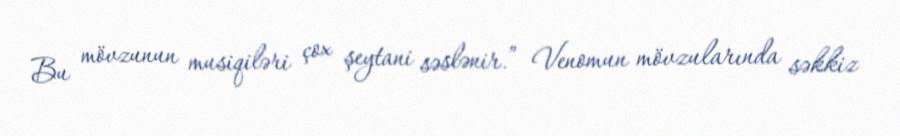
Bu mövzunun musiqiləri çox şeytani səslənir.” Venomun mövzularında səkkiz